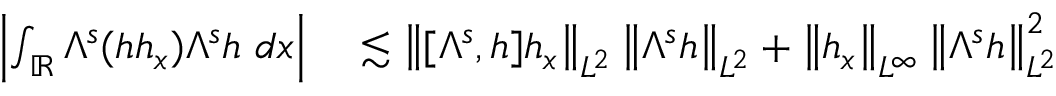
\begin{array} { r l } { \left| \int _ { \mathbb R } \Lambda ^ { s } ( h h _ { x } ) \Lambda ^ { s } h \ d x \right| } & { { } \lesssim \left\| [ \Lambda ^ { s } , h ] h _ { x } \right\| _ { L ^ { 2 } } \left\| \Lambda ^ { s } h \right\| _ { L ^ { 2 } } + \left\| h _ { x } \right\| _ { L ^ { \infty } } \left\| \Lambda ^ { s } h \right\| _ { L ^ { 2 } } ^ { 2 } } \end{array}